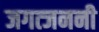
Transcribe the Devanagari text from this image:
जगत्जननी